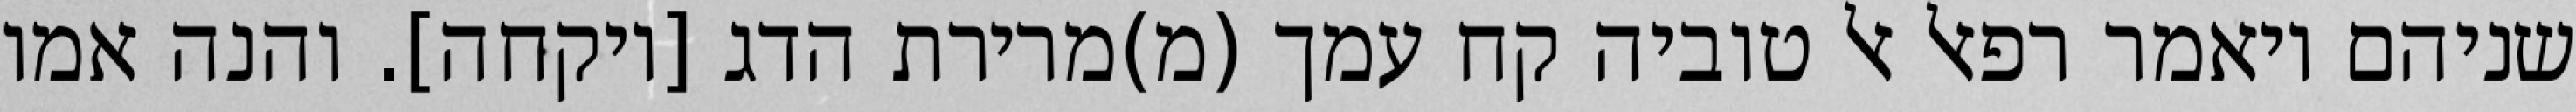
שניהם ויאמר רפאל אל טוביה קח עמך (מ)מרירת הדג [ויקחה]. והנה אמו